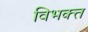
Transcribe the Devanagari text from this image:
विभक्त्त